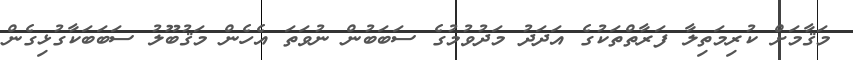
މަޤާމަށް ކުރިމަތިލާ ފަރާތްތަކުގެ އަދަދު މަދުވުމުގެ ސަބަބުން ނުވަތަ އެހެން މަޤުބޫލު ސަބަބަކާގުޅިގެން